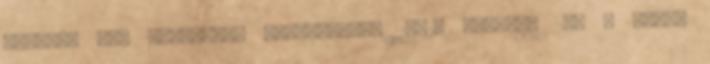
Zilahon él, árvaszéki tisztviselő 1902. március 25. - Zilah